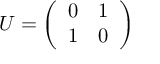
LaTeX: U = { \left( \begin{array} { l l } { 0 } & { 1 } \\ { 1 } & { 0 } \end{array} \right) }